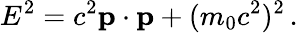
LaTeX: E^{2}=c^{2}\mathbf{p}\cdot\mathbf{p}+(m_{0}c^{2})^{2}\, .